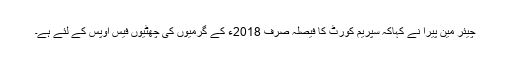
چیئر مین پیرا نے کہاکہ سپریم کورٹ کا فیصلہ صرف 2018ء کے گرمیوں کی چھٹیوں فیس اوپس کے لئے ہے۔